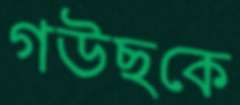
গউছকে